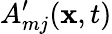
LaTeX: A_{mj}^{\prime}(\mathbf{x},t)